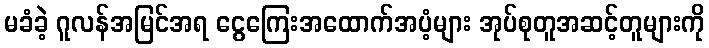
မခံခဲ့ ဂူလန်အမြင်အရ ငွေကြေးအထောက်အပံ့များ အုပ်စုတူအဆင့်တူများကို